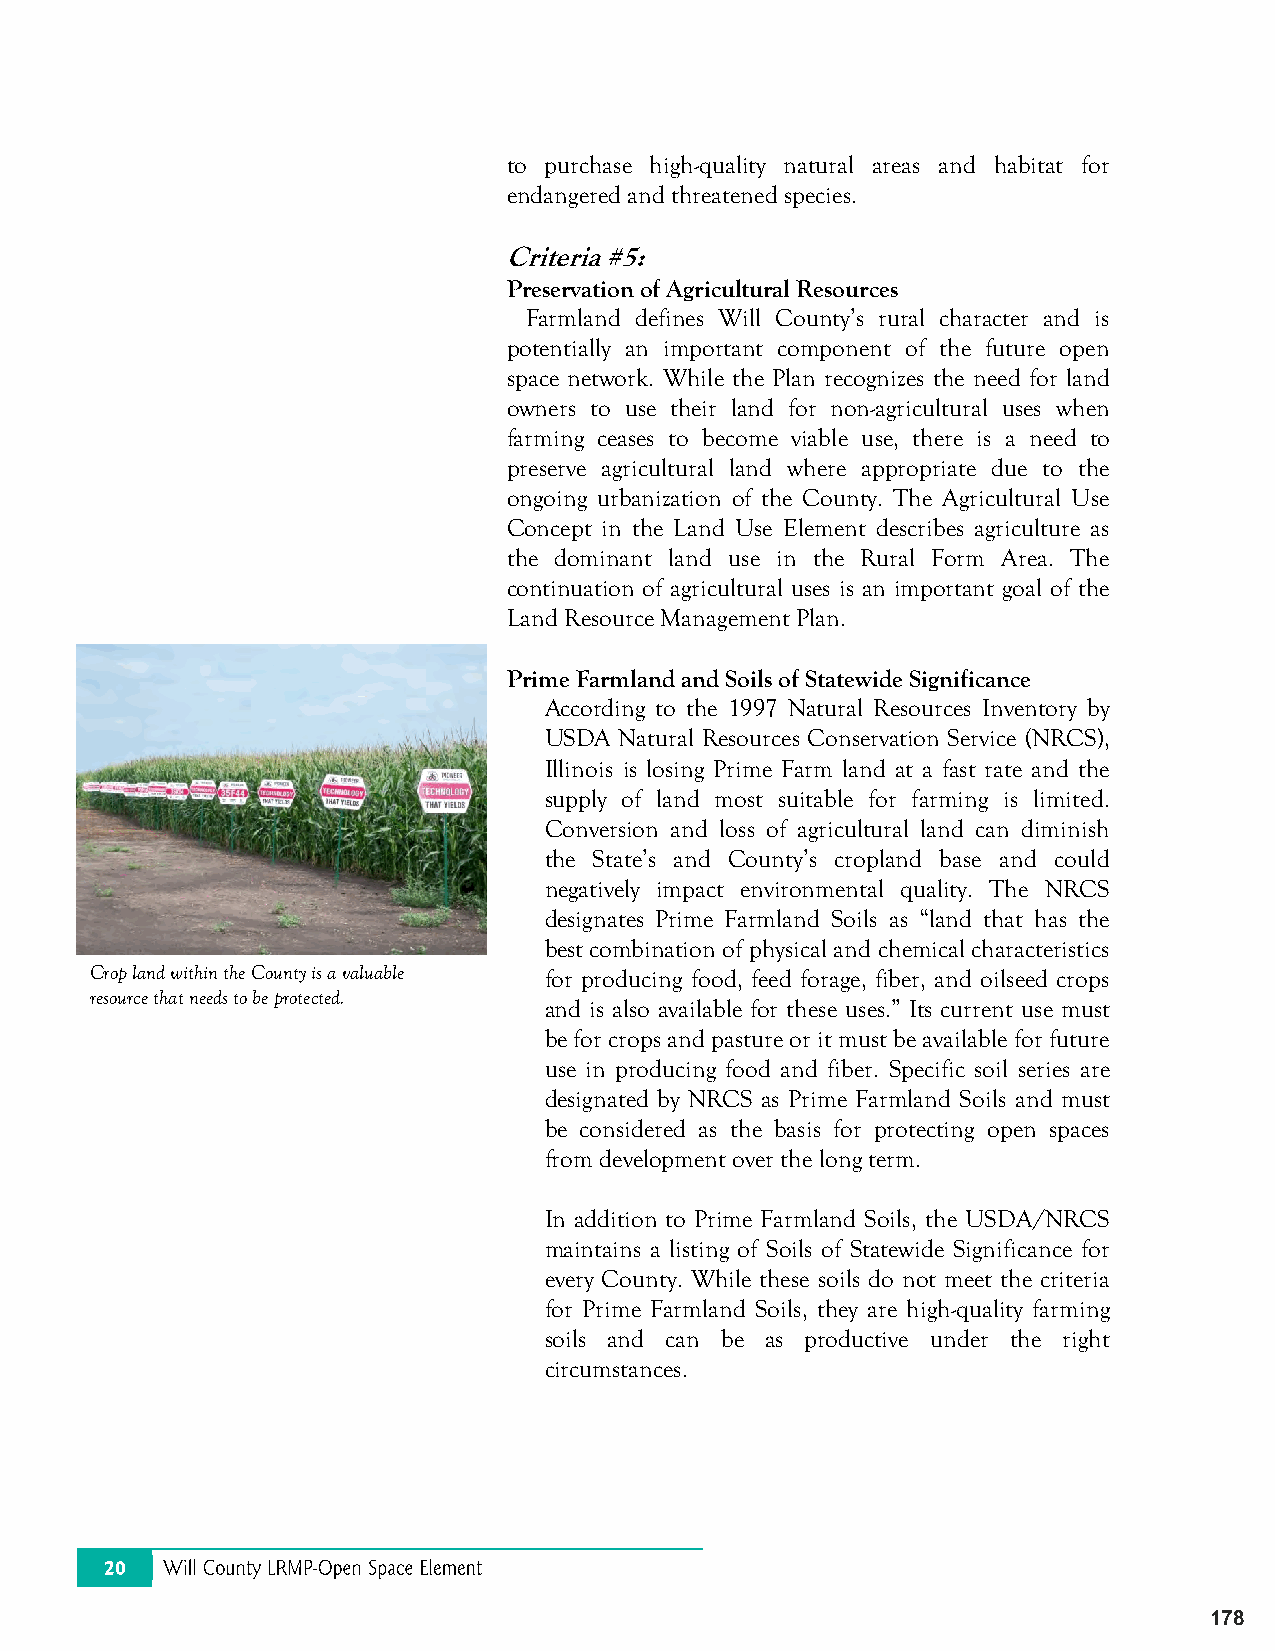
to purchase high-quality natural areas and habitat for
 endangered and threatened species.
 Criteria #5:
 Preservation of Agricultural Resources
 Farmland defines Will County’s rural character and is
 potentially an important component of the future open
 space network. While the Plan recognizes the need for land
 owners to use their land for non-agricultural uses when
 farming ceases to become viable use, there is a need to
 preserve agricultural land where appropriate due to the
 ongoing urbanization of the County. The Agricultural Use
 Concept in the Land Use Element describes agriculture as
 the dominant land use in the Rural Form Area. The
 continuation of agricultural uses is an important goal of the
 Land Resource Management Plan.
 Prime Farmland and Soils of Statewide Significance
 According to the 1997 Natural Resources Inventory by
 USDA Natural Resources Conservation Service (NRCS),
 Illinois is losing Prime Farm land at a fast rate and the
 supply of land most suitable for farming is limited.
 Conversion and loss of agricultural land can diminish
 the State’s and County’s cropland base and could
 negatively impact environmental quality. The NRCS
 designates Prime Farmland Soils as “land that has the
 best combination of physical and chemical characteristics
 Crop land within the County is a valuable for producing food, feed forage, fiber, and oilseed crops
 resource that needs to be protected.
 and is also available for these uses.” Its current use must
 be for crops and pasture or it must be available for future
 use in producing food and fiber. Specific soil series are
 designated by NRCS as Prime Farmland Soils and must
 be considered as the basis for protecting open spaces
 from development over the long term.
 In addition to Prime Farmland Soils, the USDA/NRCS
 maintains a listing of Soils of Statewide Significance for
 every County. While these soils do not meet the criteria
 for Prime Farmland Soils, they are high-quality farming
 soils and can be as productive under the right
 circumstances.
 178